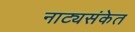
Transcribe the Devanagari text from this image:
नाट्यसंकेत